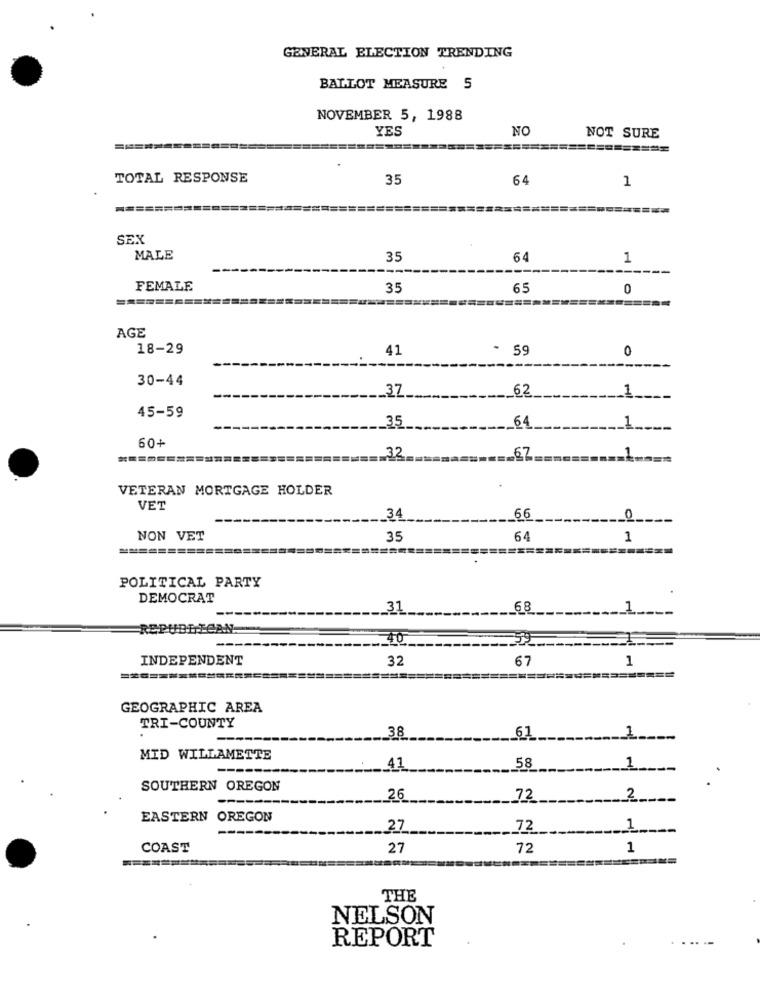
GENERAL ELECTION TRENDING
BALLOT MEASURE 5
NOVEMBER 5, 1988
YES
NO
NOT SURE
TOTAL RESPONSE
35
64
1
SEX
MALE
35
64
1
FEMALE
35
65
0
AGE
18-29
41
- 59
0
30-44
62
1
37.
45-59
35
64
1.
60+
32
67
VETERAN MORTGAGE HOLDER
VET
34
66
NON VET
35
64
1
========
=====
POLITICAL PARTY
DEMOCRAT
31
68
REPUBLICAN.
40
INDEPENDENT
32
67
1
============
=====
GEOGRAPHIC AREA
TRI-COUNTY
38
61
1
MID WILLAMETTE
.... 41
58
1
SOUTHERN OREGON
26
72
2
EASTERN OREGON
.27
72
1
COAST
27
72
1
THE
NELSON
REPORT